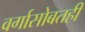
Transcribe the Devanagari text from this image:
वर्गासोबतही